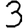
Digit: 3